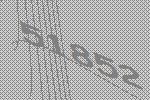
51852